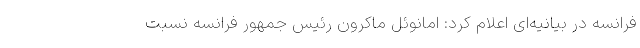
فرانسه در بیانیه‌ای اعلام کرد: امانوئل ماکرون رئیس جمهور فرانسه نسبت